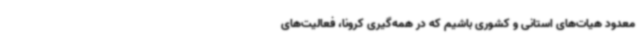
معدود هیات‌های استانی و کشوری باشیم که در همه‌گیری کرونا، فعالیت‌های